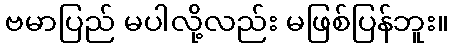
ဗမာပြည် မပါလို့လည်း မဖြစ်ပြန်ဘူး။